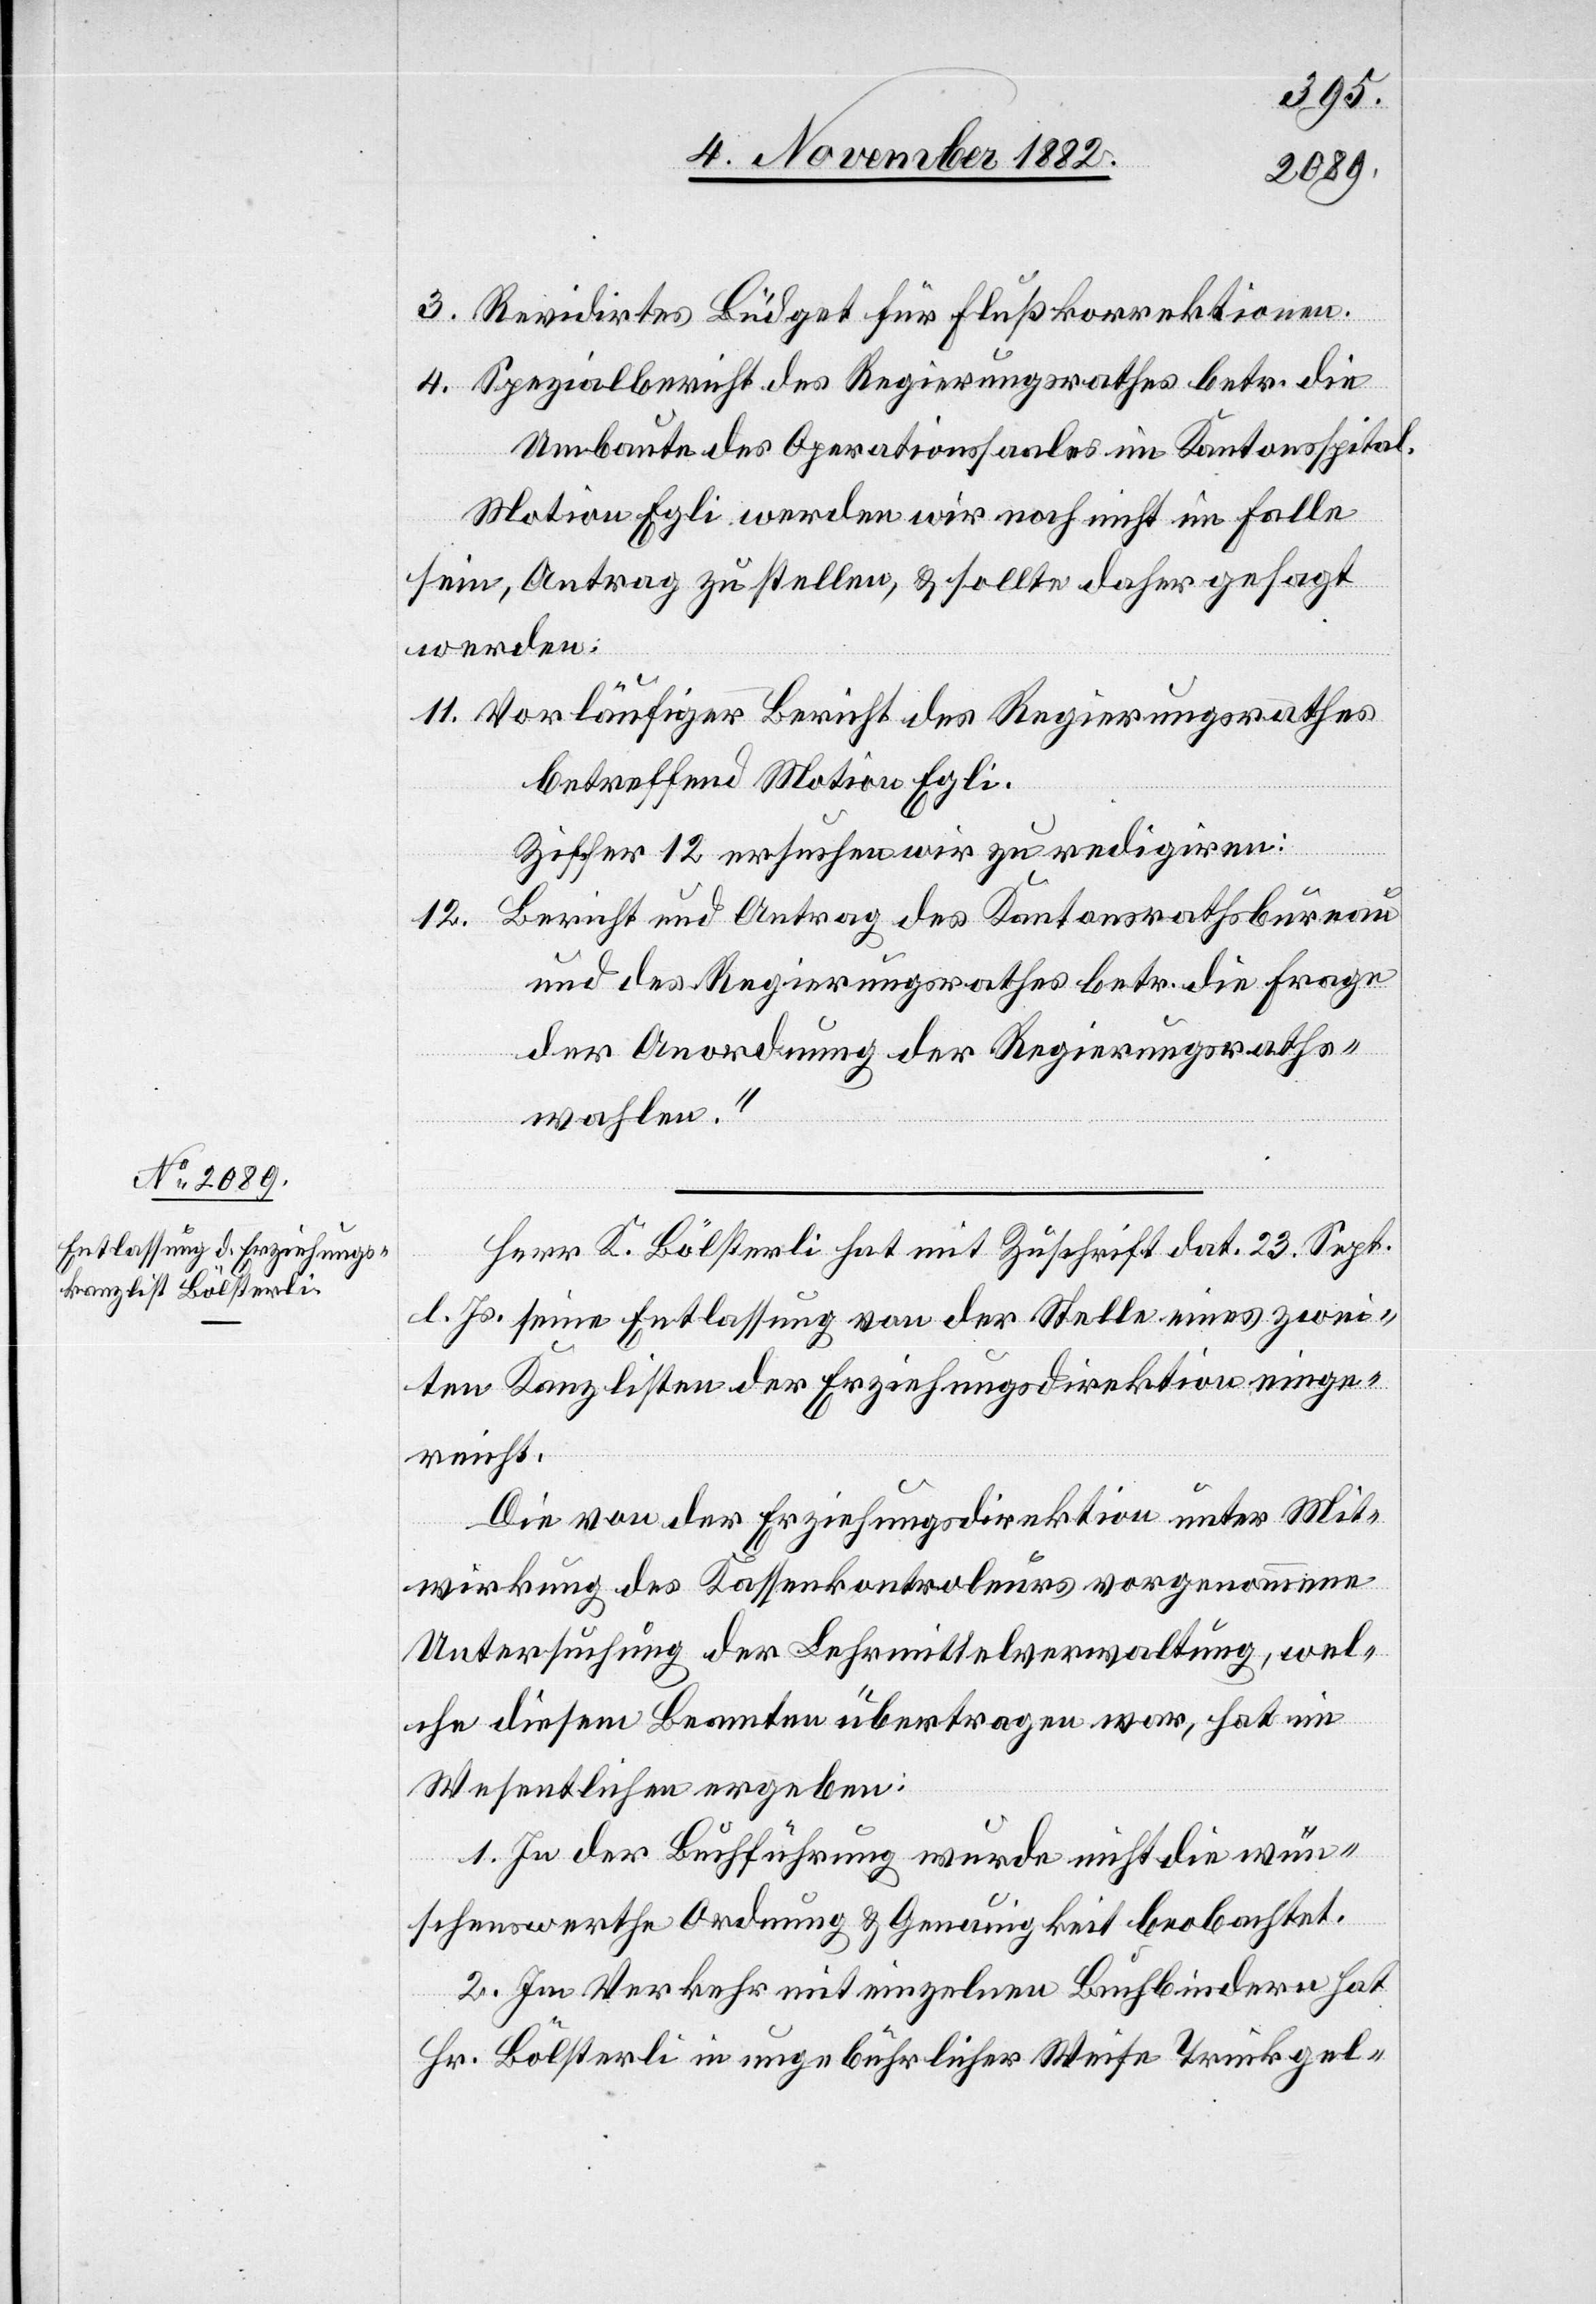
3. Revidirtes Büdget für Flußkorrektionen.
4. Spezialbericht des Regierungsrathes betr. die
Umbaute des Operationssaales im Kantonsspital.
Motion Egli werden wir noch nicht im Falle
sein, Antrag zu stellen, & sollte daher gesagt
werden:
11. Vorläufiger Bericht des Regierungsrathes
betreffend Motion Egli.
Ziffer 12 ersuchen wir zu redigiren:
Bericht und Antrag des Kantonsrathsbureau
12.
und des Regierungsrathes betr. die Frage
der Anordnung der Regierungsraths¬
wahlen.“
Herr K. Bölsterli hat mit Zuschrift dat. 23. Sept.
l. Js. seine Entlassung von der Stelle eines zwei¬
ten Kanzlisten der Erziehungsdirektion einge¬
reicht.
Die von der Erziehungsdirektion unter Mit¬
wirkung des Kassenkontroleurs vorgenommene
Untersuchung der Lehrmittelverwaltung, wel¬
che diesem Beamten übertragen war, hat im
Wesentlichen ergeben:
1. In der Buchführung wurde nicht die wün¬
schenswerthe Ordnung & Genauigkeit beobachtet.
2. Im Verkehr mit einzelnen Buchbindern hat
Hr. Bölsterli in ungebührlicher Weise Trinkgel-